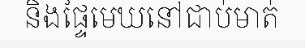
និងផ្ទៃមេឃនៅជាប់មាត់